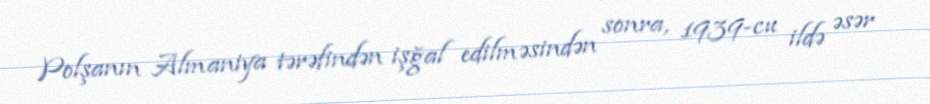
Polşanın Almaniya tərəfindən işğal edilməsindən sonra, 1939-cu ildə əsər